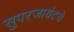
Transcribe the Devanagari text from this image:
सुपरजायंटचे